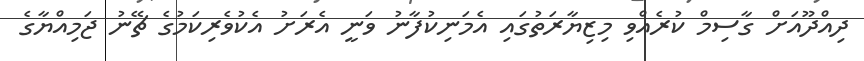
ދިއްދޫއަށް ގާސިމް ކުރެއްވި މިޒިޔާރަތުގައި އެމަނިކުފާނު ވަނީ އެރަށު އެކުވެރިކަމުގެ ޗޭނު ޖަމިއްޔާގެ